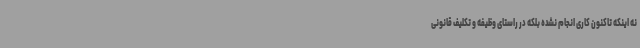
نه اینکه تاکنون کاری انجام نشده بلکه در راستای وظیفه و تکلیف قانونی